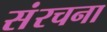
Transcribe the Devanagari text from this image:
संंरचना